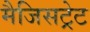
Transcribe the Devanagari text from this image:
मैजिसट्रेट